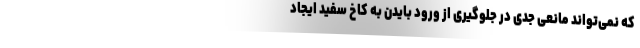
که نمی‌تواند مانعی جدی در جلوگیری از ورود بایدن به کاخ سفید ایجاد